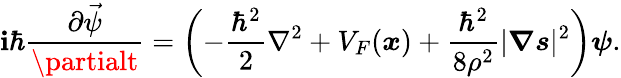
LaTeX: \boldsymbol{\mathbf{i}}\hbar\frac{{\partial\vec{{\psi}}}}{{\partialt}}=\left(-\frac{{\hbar^{2}}}{{2}}\nabla^{2}+V_{F}(\boldsymbol{x})+\frac{{\hbar^{2}}}{{8\rho^{2}}}|\boldsymbol{\nabla}\boldsymbol{s}|^{2}\right)\boldsymbol{\psi}.